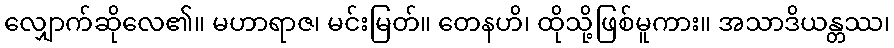
လျှောက်ဆိုလေ၏။ မဟာရာဇ၊ မင်းမြတ်။ တေနဟိ၊ ထိုသို့ဖြစ်မူကား။ အသာဒိယန္တဿ၊